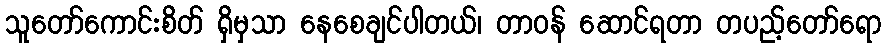
သူတော်ကောင်းစိတ် ရှိမှသာ နေစေချင်ပါတယ်၊ တာဝန် ဆောင်ရတာ တပည့်တော်ရော